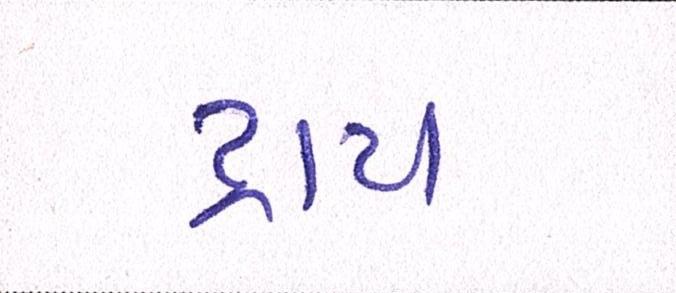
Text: ટ્રાય